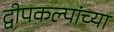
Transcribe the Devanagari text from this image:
द्वीपकल्पांच्या